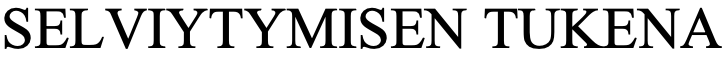
SELVIYTYMISEN   TUKENA